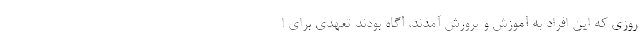
روزی که این افراد به آموزش و پرورش آمدند، آگاه بودند تعهدی برای ا